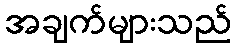
အချက်များသည်